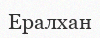
Ералхан